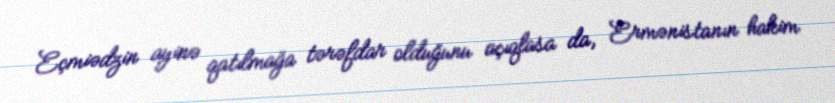
Eçmiədzin ayinə qatılmağa tərəfdar olduğunu açıqlasa da, Ermənistanın hakim